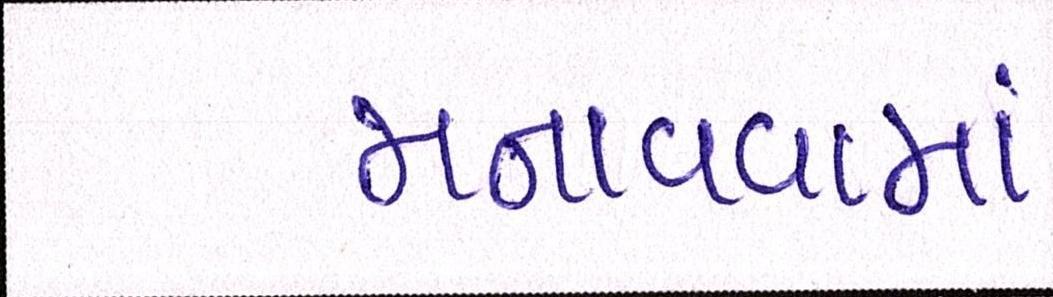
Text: મનાવવામાં